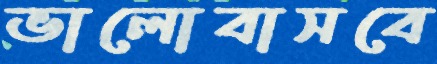
ভালোবাসবে